system: You are a helpful assistant.
user:
Analyze the provided spectrum to determine if it is a **M-type Giant (gM)**.

A M-type Giant spectrum is defined by its **strong molecular absorption** features, particularly from **Titanium Oxide (TiO)**. You must check for one of the following mutually exclusive signatures:

- **Key Visual Indicators (Absorption-Dominated Spectrum):**

    - **(Primary):** The spectrum is dominated by strong molecular absorption from **Titanium Oxide (TiO)**. This is the **defining feature** of its M-type temperature class.
        - **(Key Bandheads):** Look for sharp, "saw-tooth" absorption valleys. The strongest are located near **~7050 Å**, **~6160 Å**, and **~5170 Å**.
        - **(Line Profile):** The "saw-tooth" morphology is critical: a **sharp, steep drop on the BLUE (short-wavelength) side** of the bandhead, followed by a gradual recovery (rising flux) towards the RED (long-wavelength) side.

    - **(Key Confirmation - Giant vs. Dwarf):** **ABSENCE** of strong **Calcium Hydride (CaH)** molecular bands. This is the primary diagnostic for *excluding* M-dwarfs.
        - **(Key Region):** The spectrum should lack the strong, broad absorption band seen in dwarfs between **~6800 Å and ~7000 Å**.

    - **(Secondary Confirmation - Giant):** A very strong and broad **Neutral Calcium (Ca I)** atomic absorption line.
        - **(Key Line):** Located at **~4226 Å**. In a giant (gM), this line is significantly deeper and broader than the same line in an M-dwarf (dM) due to low surface gravity.

    - **(Overall Spectrum):**
        - The continuum is **extremely red-sloping** (i.e., flux is very low in the blue and rises dramatically towards the red).
        - The entire spectrum appears "chopped up" by the deep TiO bands.

Think first, call **spectral_visualization_tool** if needed to examine features in detail, then provide your final answer. Your response must adhere to the following strict rules:
1.  **Overall Structure:** Your response must follow the format `<think>...</think> <tool_call>...</tool_call> (if a tool is used) <answer>...</answer>`.
2.  **Tool Usage Constraint:** You may only make **one** tool call per turn.
3.  **Final Answer Format:** In the `<answer>` tag, your conclusion must be inside a `\boxed{}` command (e.g., `\boxed{YES}` or `\boxed{NO}`), followed by your justification.

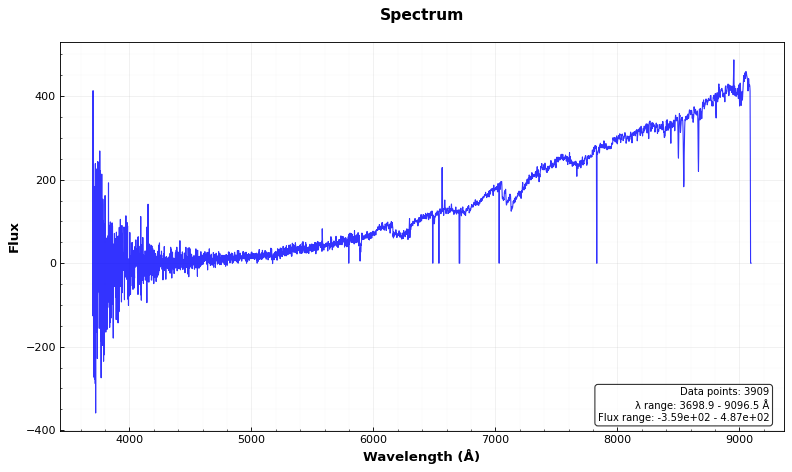
Answer: YES